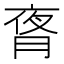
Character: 𬂃